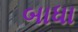
બાધા